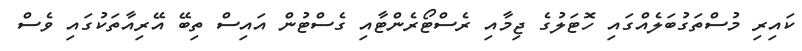
ކައިރި މުސްތަގުބަލެއްގައި ހޮޓަލުގެ ޖިމާއި ރެސްޓޯރެންޓާއި ގެސްޓުން އައިސް ތިބޭ އޭރިއާތަކުގައި ވެސް